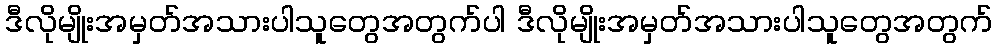
ဒီလိုမျိုးအမှတ်အသားပါသူတွေအတွက်ပါ ဒီလိုမျိုးအမှတ်အသားပါသူတွေအတွက်